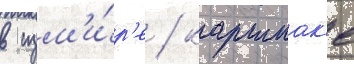
в изм'и́р'е / каршиак'е